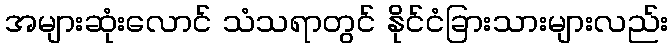
အများဆုံးလောင် သံသရာတွင် နိုင်ငံခြားသားများလည်း